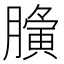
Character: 𮍀